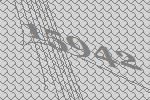
15942